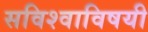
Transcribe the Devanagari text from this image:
सविश्वाविषयी